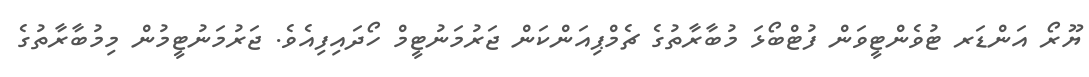
ޔޫރޯ އަންޑަރ ޓުވެންޓީވަން ފުޓްބޯޅަ މުބާރާތުގެ ޗެމްޕިއަންކަން ޖަރުމަނުޓީމް ހޯދައިފިއެވެ. ޖަރުމަނުޓީމުން މިމުބާރާތުގެ